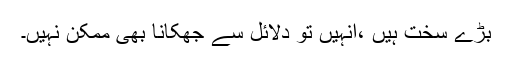
بڑے سخت ہیں ،انہیں تو دلائل سے جھکانا بھی ممکن نہیں۔